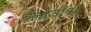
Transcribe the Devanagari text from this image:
बलाजींचा